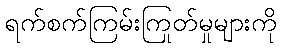
ရက်စက်ကြမ်းကြုတ်မှုများကို